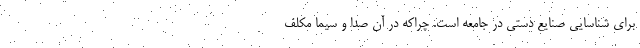
برای شناسایی صنایع دستی در جامعه است. چراکه در آن صدا و سیما مکلف